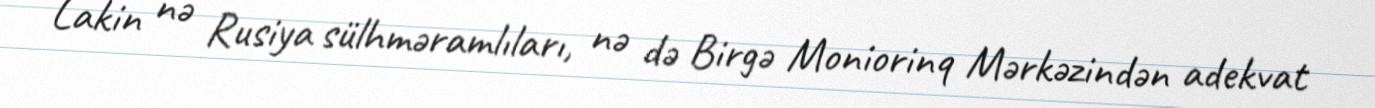
Lakin nə Rusiya sülhməramlıları, nə də Birgə Moniorinq Mərkəzindən adekvat